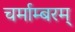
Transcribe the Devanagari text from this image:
चर्माम्बरम्